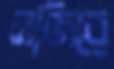
নজিরে